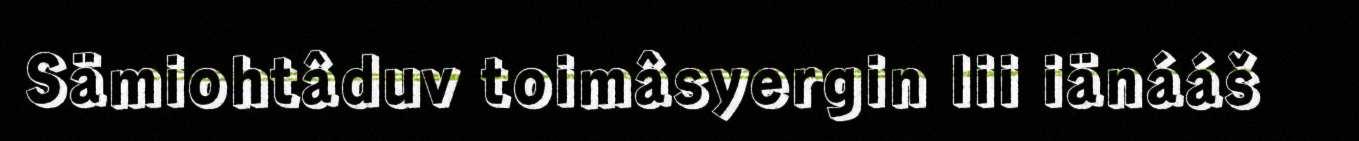
Sämiohtâduv toimâsyergin lii iänááš